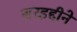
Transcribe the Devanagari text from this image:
सरहद्दीने